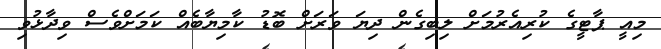
މިއީ ޕާޓީގެ ކުރިއެރުމަށް ލިބިގެން ދިޔަ ވަރަށް ބޮޑު ކާމިޔާބެއް ކަމަށްވެސް ވިދާޅުވި